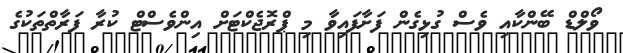
ވޯލްޑް ބޭންކާއި ވެސް ގުޅިގެން ފަށާފައިވާ މި ޕްރޮޖެކްޓަށް އިންވެސްޓް ކުރާ ފަރާތްތަކުގެ